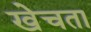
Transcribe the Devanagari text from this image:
खेचता